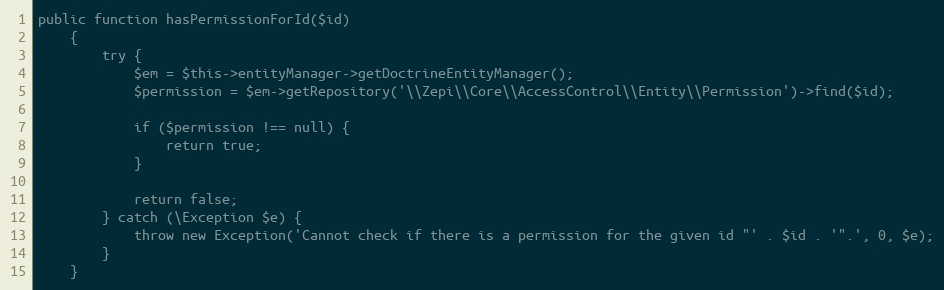
Language: PHP
public function hasPermissionForId($id)
    {
        try {
            $em = $this->entityManager->getDoctrineEntityManager();
            $permission = $em->getRepository('\\Zepi\\Core\\AccessControl\\Entity\\Permission')->find($id);

            if ($permission !== null) {
                return true;
            }

            return false;
        } catch (\Exception $e) {
            throw new Exception('Cannot check if there is a permission for the given id "' . $id . '".', 0, $e);
        }
    }